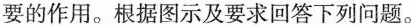
要的作用。根据图示及要求回答下列问题。